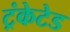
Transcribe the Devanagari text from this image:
ट्रंकेटेड